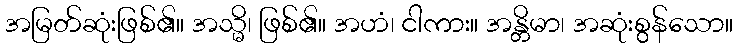
အမြတ်ဆုံးဖြစ်၏။ အသ္မိ၊ ဖြစ်၏။ အဟံ၊ ငါကား။ အန္တိမာ၊ အဆုံးစွန်သော။